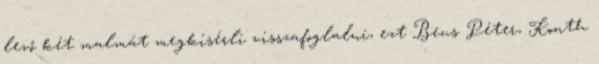
levő két malmát megkísérli visszafoglalni, ezt Beus Péter, Konth